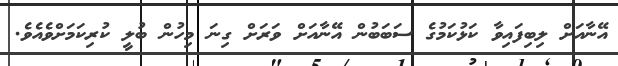
އޭނާއަށް ލިބިފައިވާ ކަޅުކަމުގެ ސަބަބުން އޭނާއަށް ވަރަށް ގިނަ މިހުން ބުލީ ކުރިކަމަށްވެއެވެ.